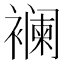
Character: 襕